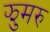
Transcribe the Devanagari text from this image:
झुमरु